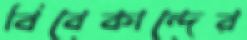
বিবেকান্দের